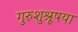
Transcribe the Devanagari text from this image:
गुरुशुश्रूषया